Civil Veterinary Department Bihar & Orissa reports 1929-36 - 1929-1936
Year: 1929
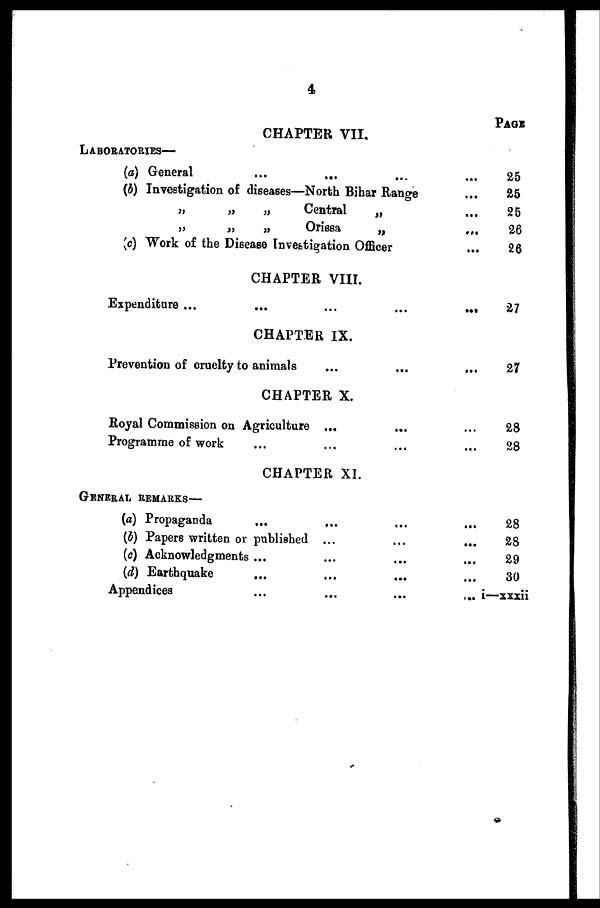
4
PAGE
CHAPTER VII.
LABORATORIES—
(a) General ... ... ... ...
(b) Investigation of diseases—North Bihar Range ...
„
„
„
Central
„ ...
„
„
„
Orissa
„ ...
(c) Work of the Disease Investigation Officer ...
25
25
25
26
26
CHAPTER VIII.
Expenditure ... ... ... ... ...
27
CHAPTER IX.
Prevention of cruelty to animals ... ... ...
27
CHAPTER X.
Royal Commission on Agriculture ... ... ...
Programme of work ... ... ... ...
28
28
CHAPTER XI.
GENERAL REMARKS—
(a) Propaganda ... ... ... ...
(b) Papers written or published ... ... ...
(c) Acknowledgments ... ... ... ...
(d) Earthquake ... ... ... ...
Appendices ... ... ... ...
28
28
29
30
i—xxxii